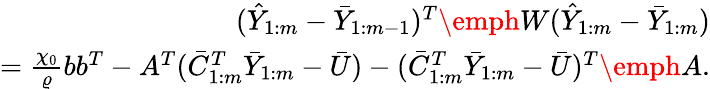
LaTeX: \begin{array}{r}{(\hat{Y}_{1:m}-\bar{Y}_{1:m-1})^{T}\emph W(\hat{Y}_{1:m}-\bar{Y}_{1:m})}\\ {=\frac{\chi_{0}}{\varrho}bb^{T}-A^{T}(\bar{C}_{1:m}^{T}\bar{Y}_{1:m}-\bar{U})-(\bar{C}_{1:m}^{T}\bar{Y}_{1:m}-\bar{U})^{T}\emph A.}\end{array}